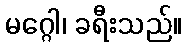
မဂ္ဂေါ၊ ခရီးသည်။